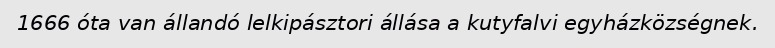
1666 óta van állandó lelkipásztori állása a kutyfalvi egyházközségnek.